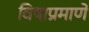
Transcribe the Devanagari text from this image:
विषाप्रमाणे